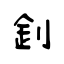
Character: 釗